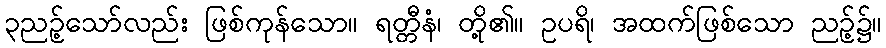
၃ညဉ့်သော်လည်း ဖြစ်ကုန်သော။ ရတ္တီနံ၊ တို့၏။ ဥပရိ၊ အထက်ဖြစ်သော ညဉ့်၌။